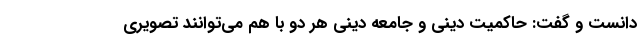
دانست و گفت: حاکمیت دینی و جامعه دینی هر دو با هم می‌توانند تصویری